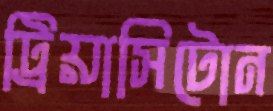
ট্রিয়াসিটোন